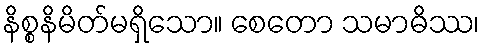
နိစ္စနိမိတ်မရှိသော။ စေတော သမာဓိဿ၊